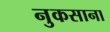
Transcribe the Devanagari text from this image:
नुकसाना